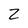
Character: z